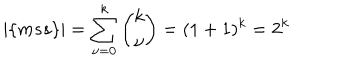
| \{ m s s \} | = \sum _ { \nu = 0 } ^ { k } { \binom { k } { \nu } } = ( 1 + 1 ) ^ { k } = 2 ^ { k }